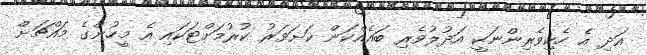
އަދި އެ ހެކިވެރިންނަކީ އަދުލުވެރި ބައެއްކަން ކަށަވަރު ކުރުމަށްޓަކައި އެ މީހުންގެ މައްޗަށް